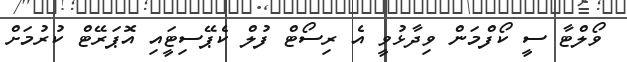
ވޯލްޓާ ސީ ކޯފްމަން ވިދާޅުވީ އެ ރިސޯޓް ފުލް ކެޕޭސިޓީައި އޮޕަރޭޓް ކުރުމަށް